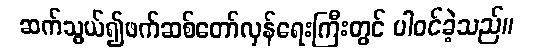
ဆက်သွယ်၍ဖက်ဆစ်တော်လှန်ရေးကြီးတွင် ပါဝင်ခဲ့သည်။